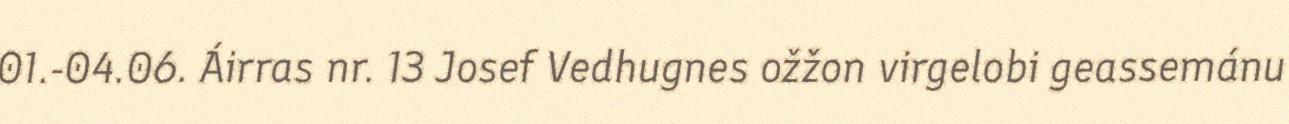
01.-04.06. Áirras nr. 13 Josef Vedhugnes ožžon virgelobi geassemánu